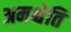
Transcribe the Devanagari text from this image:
अमश्चेति